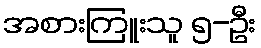
အစားကြူးသူ ၅-ဦး